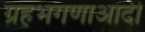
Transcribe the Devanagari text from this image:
ग्रहभगणाआदी